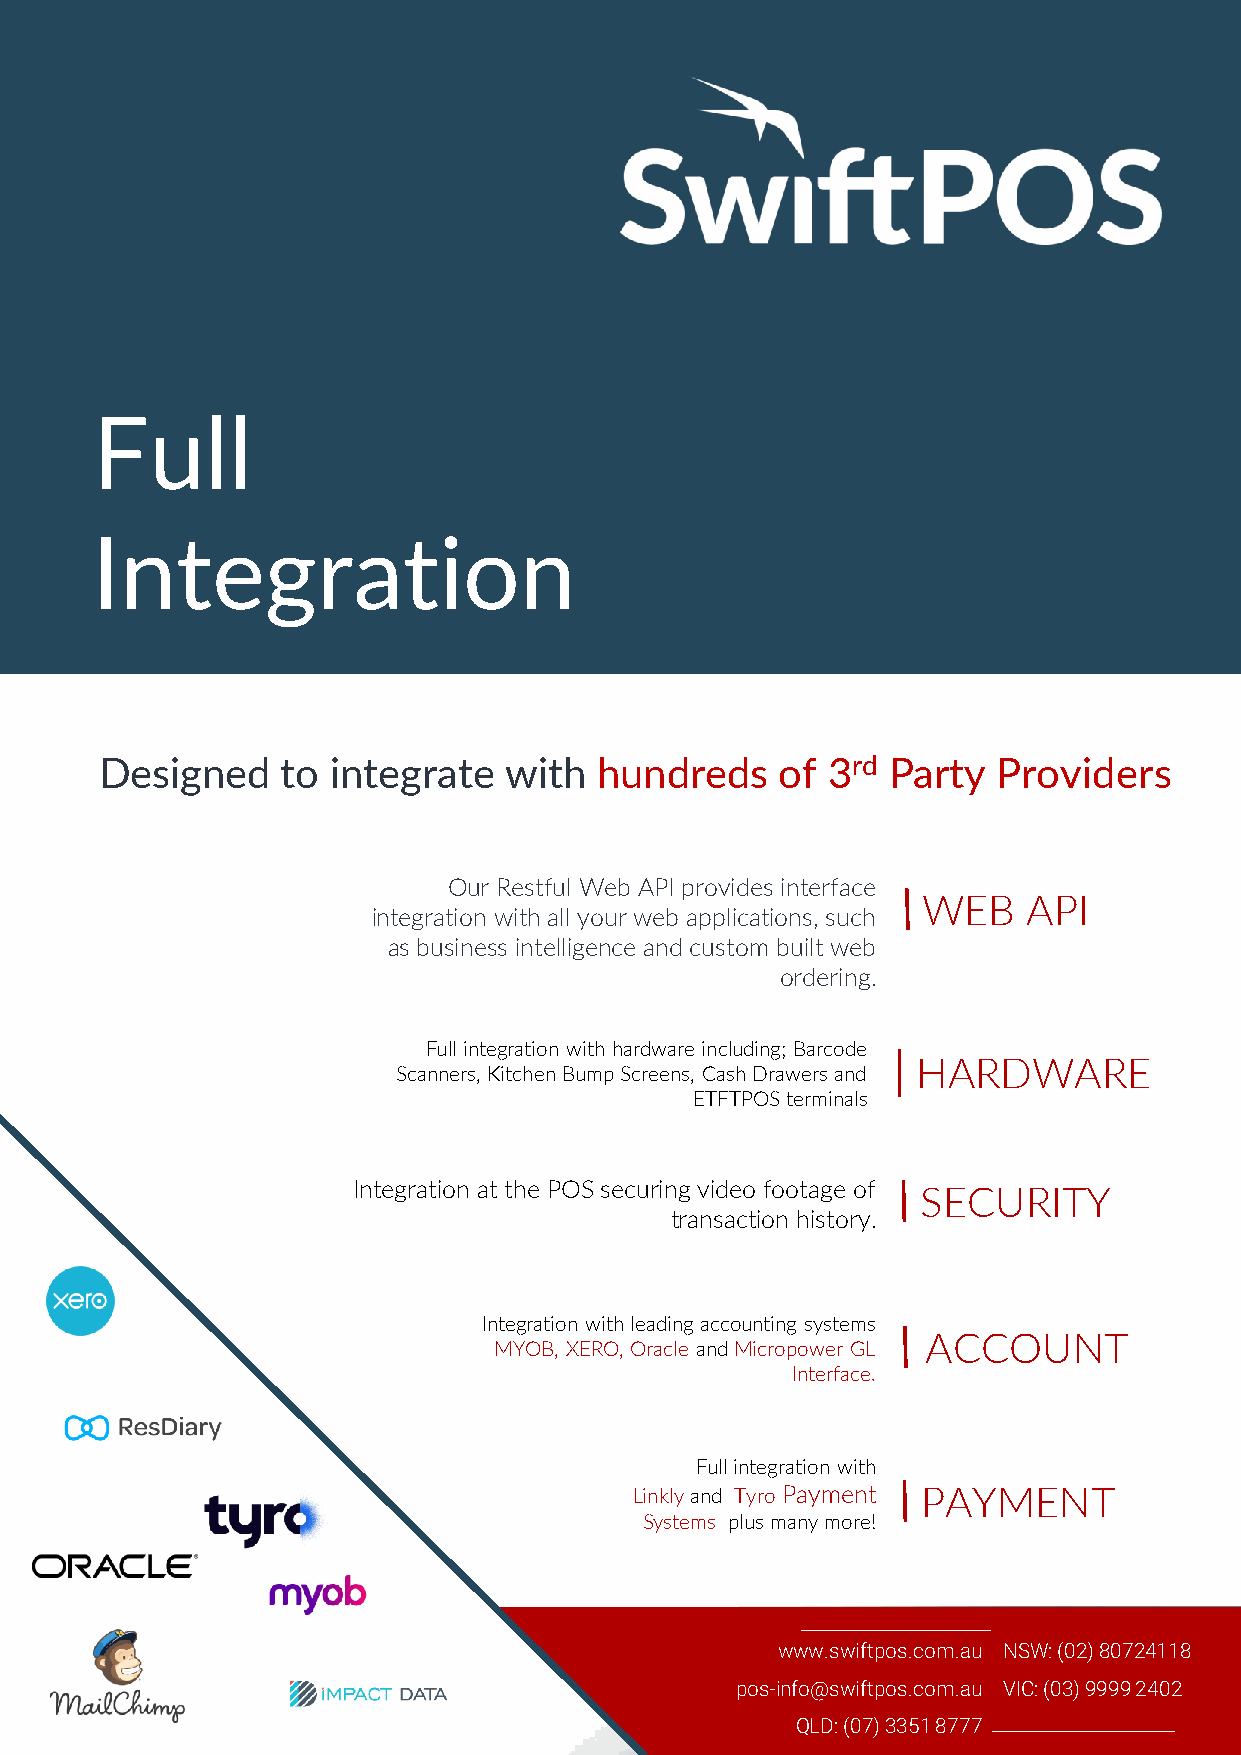
Full
 Integration
 Designed    to integrate  with  hundreds     of 3rd Party  Providers
 Our Restful Web API provides interface
 WEB    API
 integration with all your web applications, such
 as business intelligence and custom built web
 ordering.
 Full integration with hardware including; Barcode
 HARDWARE
 Scanners, Kitchen Bump Screens, Cash Drawers and
 ETFTPOS terminals
 Integration at the POS securing video footage of SECURITY
 transaction history.
 Integration with leading accounting systems
 ACCOUNT
 MYOB, XERO, Oracle and Micropower GL
 Interface.
 Full integration with
 Linklyand Tyro Payment PAYMENT
 Systems plus many more!
 www.swiftpos.com.au NSW: (02) 80724118
 pos-info@swiftpos.com.au VIC: (03) 9999 2402
 QLD: (07) 3351 8777